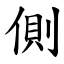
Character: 側